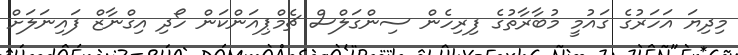
މިދިޔަ އަހަރުގެ ގައުމީ މުބާރާތުގެ ފިރިހެން ސިންގަލްސް ޗެމްޕިއަންކަން ހޯދި އިގްނާޒް ފައިނަލަށް